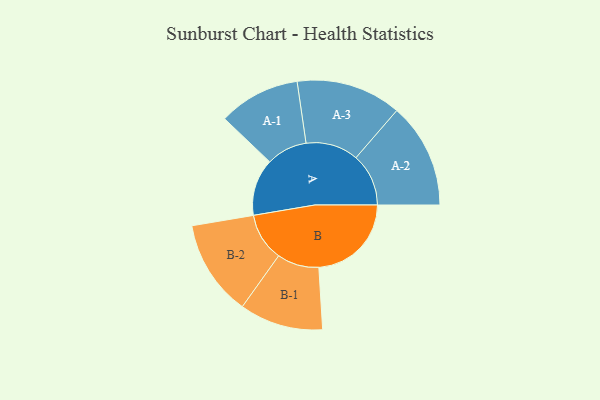
{"axis": {"x": "Segment", "y": "Value"}, "legend": ["", "A", "B"], "data": [{"x": "A", "y": 275, "type": ""}, {"x": "B", "y": 447, "type": ""}, {"x": "A-1", "y": 197, "type": "A"}, {"x": "A-2", "y": 254, "type": "A"}, {"x": "A-3", "y": 254, "type": "A"}, {"x": "B-1", "y": 202, "type": "B"}, {"x": "B-2", "y": 232, "type": "B"}]}